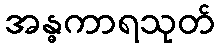
အန္ဓကာရသုတ်